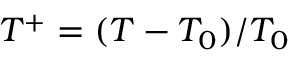
T ^ { + } = ( T - T _ { 0 } ) / T _ { 0 }